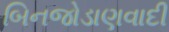
બિનજોડાણવાદી